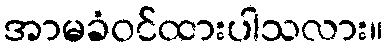
အာမခံဝင်ထားပါသလား။